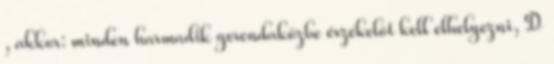
, akkor: minden harmadik gerendaközbe érzékelõt kell elhelyezni, D